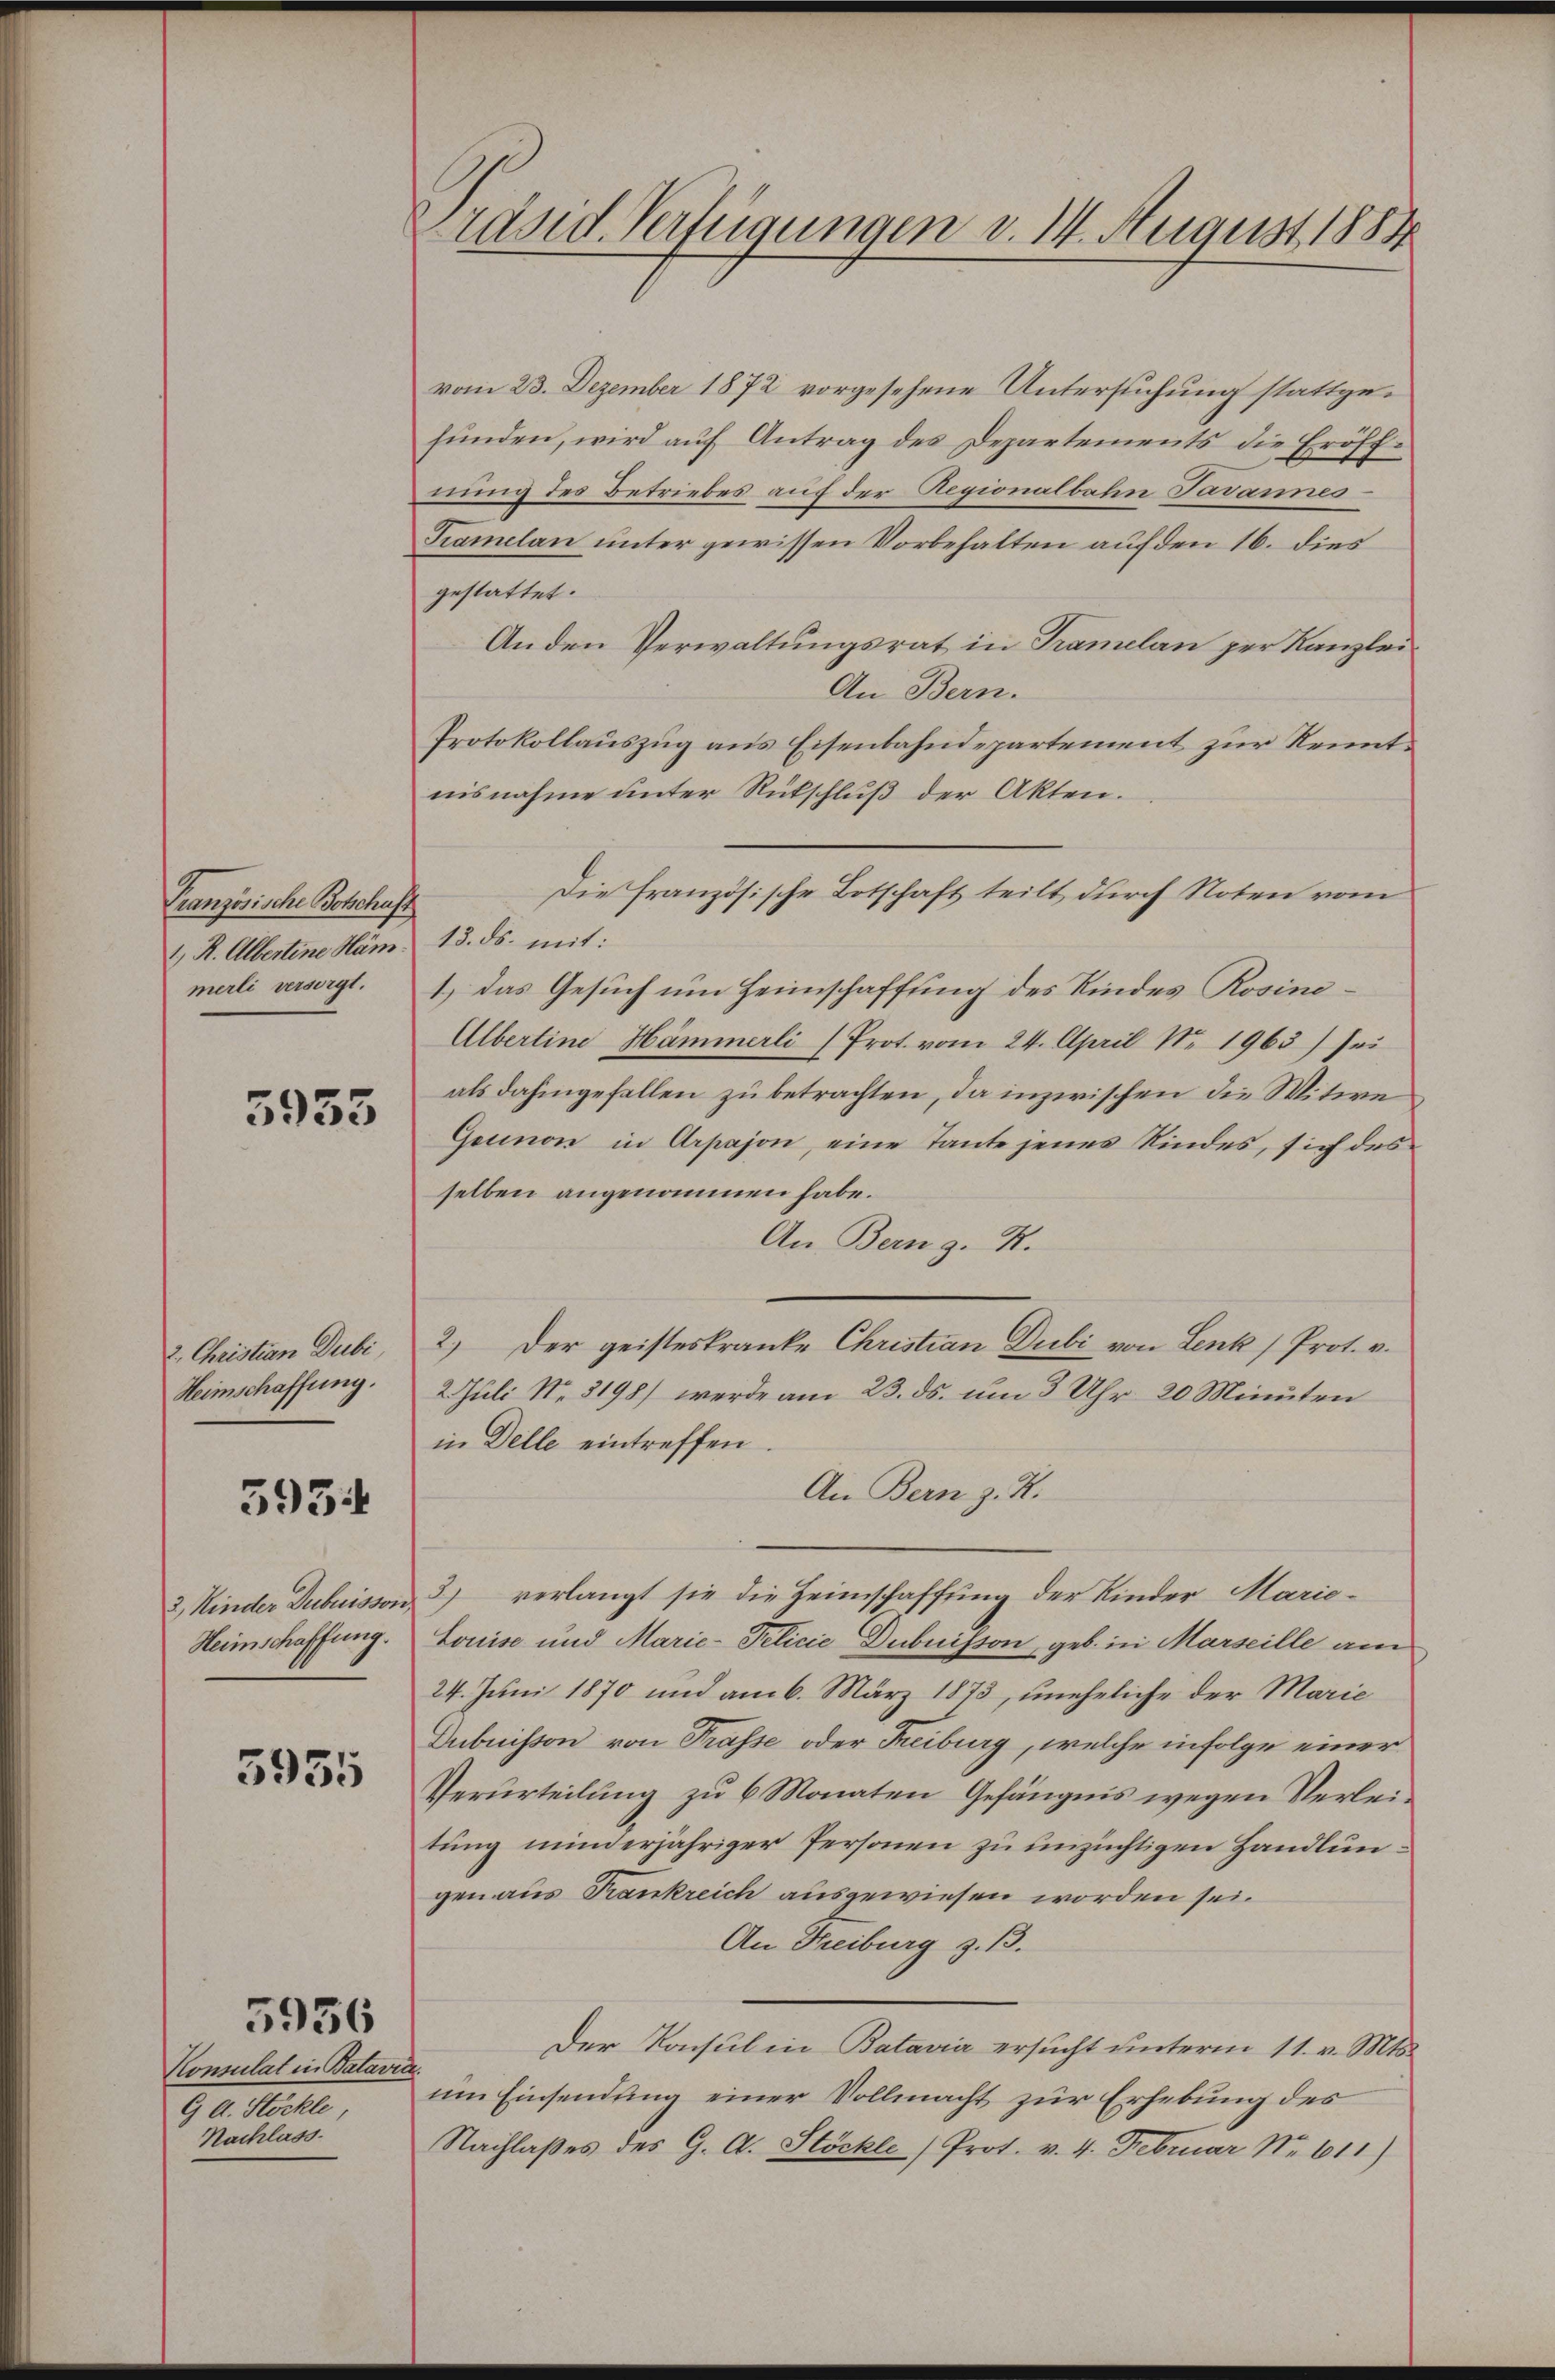
Granzösische Botschaft
1 R. Albertine Häm.
merli versorgt.

5955

2. Christian Dubi
Heimschaffung.

395:

3, Kinder Dubuisson
Heimschaffung.

3955

Konsulat in Batavia.
G A. Stöckle
Nachlass

3956

Präsid. Verfügungen v. 14. August 1884

vom 23. Dezember 1872 vorgesehene Untersuchung stattgefŭnden, wird aŭf Antrag des Departements die Eröff-
nung des Betriebes auf der Regionalbahn Javannes
Kramelan unter gewissen Vorbehalten auf den 16. dies
gestattet.
An den Verwaltungsrat in Tramelan per Kanzlei
An Bern.
Protokollauszug aus Eisenbahndepartement zur Kenntnisnahme unter Rükschluß der Akten.
13. ds. mit:
1.) Das Gesuch um Heimschaffung des Kindes Rosine¬
Albertine Hämmerli (Prot. vom 24. April Nr. 1963) sei
als dahingefallen zu betrachten, da inzwischen die Witwe
Gemnon in Arpajon, eine Tante jenes Kindes, sich des
selben angenommen habe.
An Bern z. R.
2.) Der geisteskranke Christian Dubi von Lenk) Prot. v.
2. Juli Nr. 3198) werde am 23. ds. um 3 Uhr 20 Minuten
in Delle eintreffen.
An Bern z. K.
3) verlangt sie die Heimschaffung der Kinder Marie¬
Louise und Marie-Pelicie Dubuisson, geb. in Marseille am
24. Juni 1870 und am 6. März 1873, uneheliche der Marie
Dubuisson von Trasse oder Freiburg, welche infolge einer
Verurteilung zu 6 Monaten Gefängnis wegen Verleitung minderjähriger Personen zu unzüchtigen Handlungen aus Frankreich ausgewiesen worden sei.
An Freiburg z. B.
Der Konsul in Batavia ersucht unterm 11. v. Mts.
um Einsendung einer Vollmacht zur Erhebung des
Nachlaßes des G. A. Stöckle /Prot. v. 4. Februar Nr. 611)

Die Französische Botschaft teilt durch Noten vom